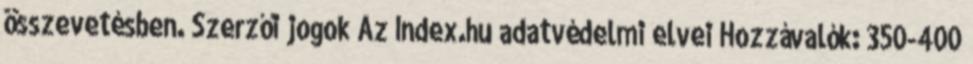
összevetésben. Szerzői jogok Az Index.hu adatvédelmi elvei Hozzávalók: 350-400